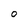
Character: o